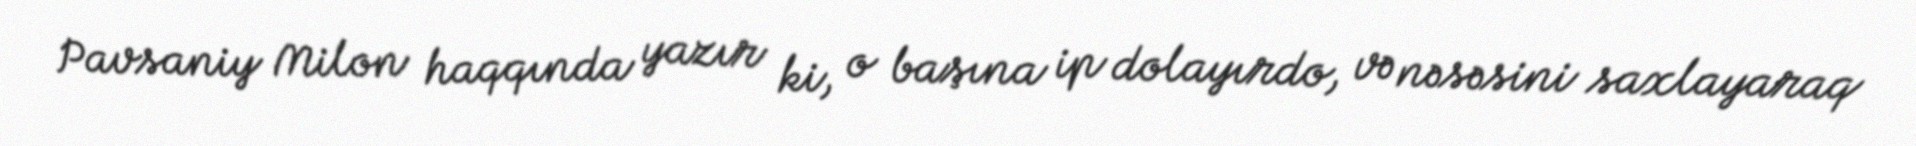
Pavsaniy Milon haqqında yazır ki, o başına ip dolayırdo, və nəsəsini saxlayaraq